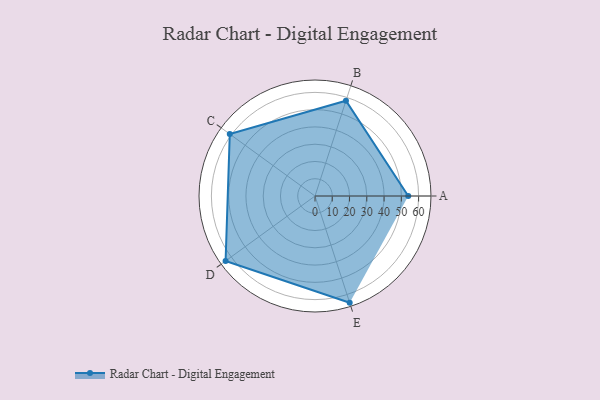
{"axis": {"x": "Skill", "y": "Score"}, "legend": ["Profile"], "data": [{"x": "A", "y": 54.0, "type": "Profile"}, {"x": "B", "y": 58.0, "type": "Profile"}, {"x": "C", "y": 61.0, "type": "Profile"}, {"x": "D", "y": 64.0, "type": "Profile"}, {"x": "E", "y": 65.0, "type": "Profile"}]}